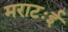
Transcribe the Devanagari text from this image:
मराटःई